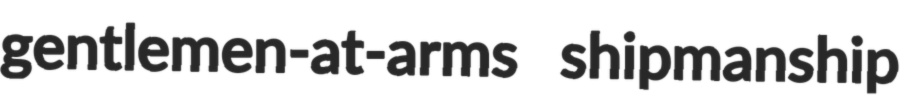
gentlemen-at-arms shipmanship